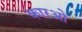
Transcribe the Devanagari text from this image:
कारओ